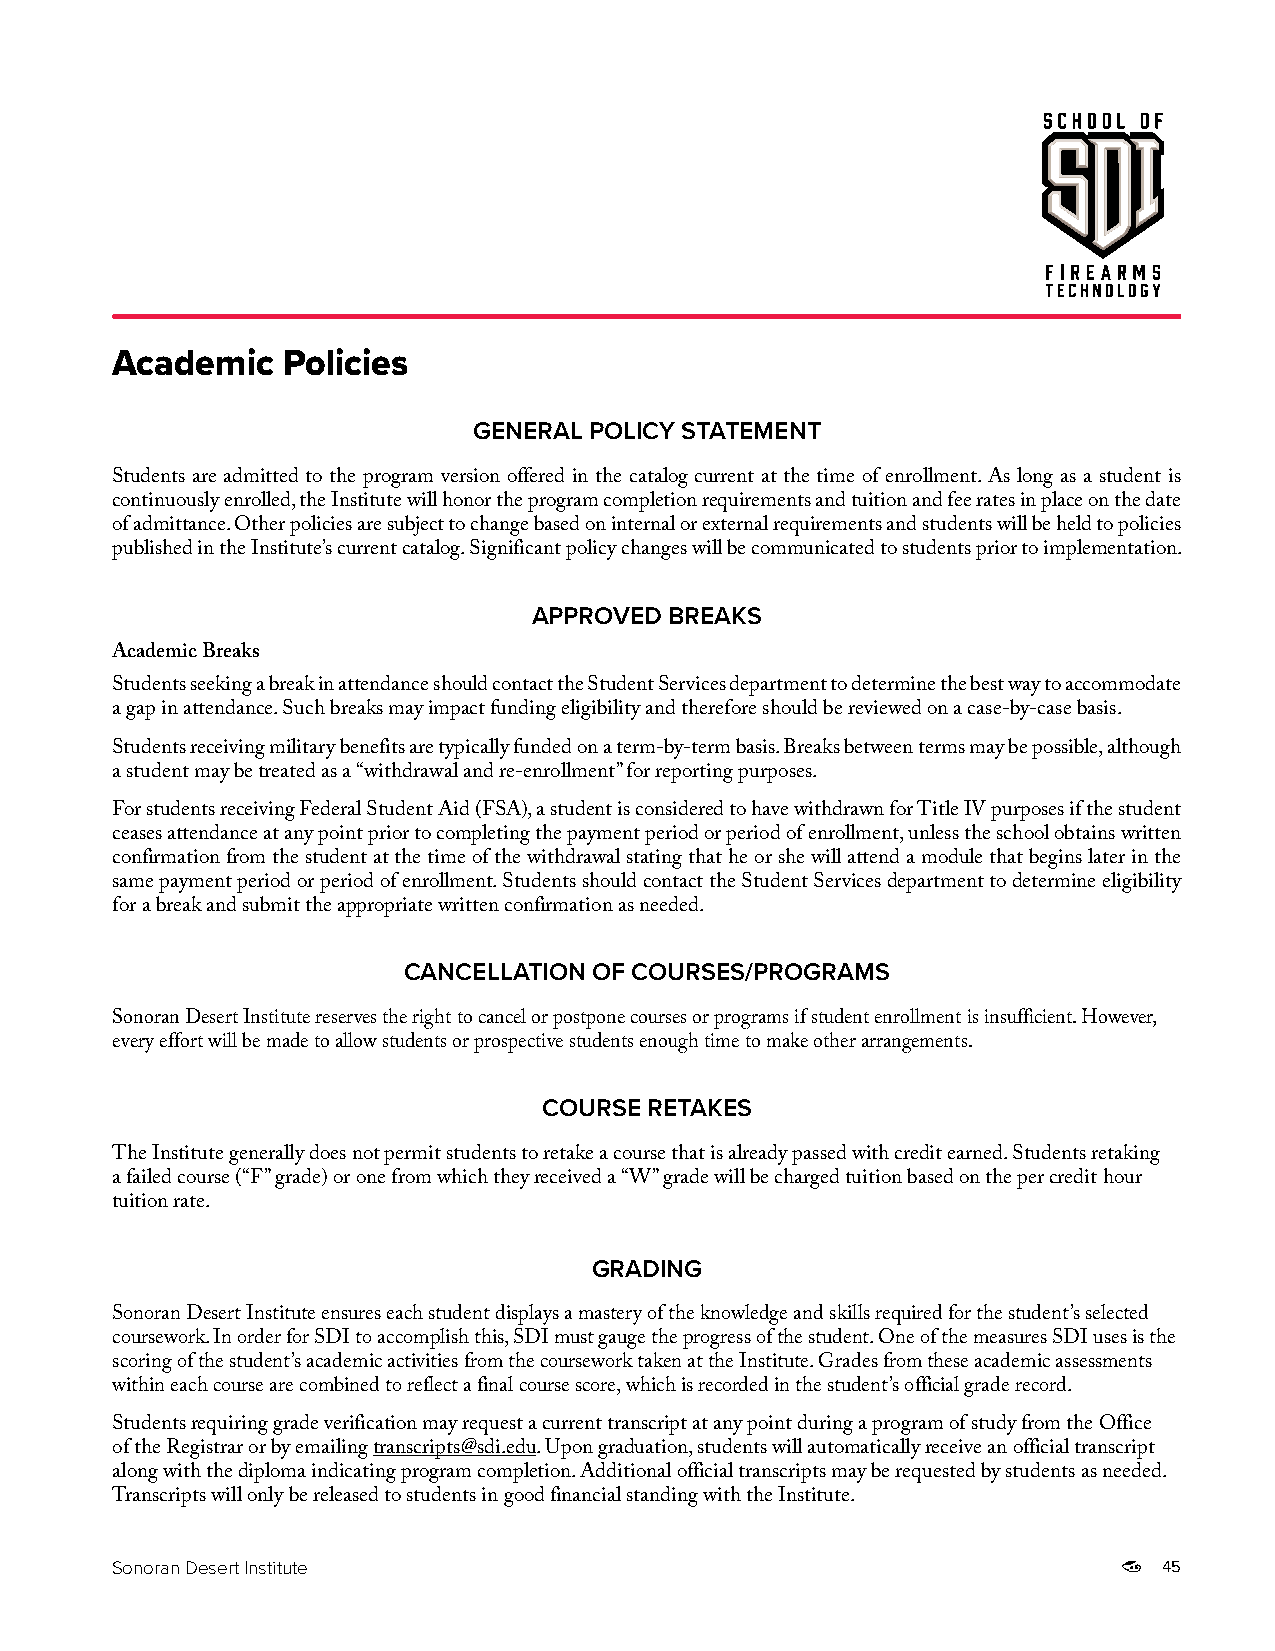
Academic    Policies
 GENERAL POLICY STATEMENT
 Students are admitted to the program version offered in the catalog current at the time of enrollment. As long as a student is
 continuously enrolled, the Institute will honor the program completion requirements and tuition and fee rates in place on the date
 of admittance. Other policies are subject to change based on internal or external requirements and students will be held to policies
 published in the Institute’s current catalog. Significant policy changes will be communicated to students prior to implementation.
 APPROVED BREAKS
 Academic Breaks
 Students seeking a break in attendance should contact the Student Services department to determine the best way to accommodate
 a gap in attendance. Such breaks may impact funding eligibility and therefore should be reviewed on a case-by-case basis.
 Students receiving military benefits are typically funded on a term-by-term basis. Breaks between terms may be possible, although
 a student may be treated as a “withdrawal and re-enrollment” for reporting purposes.
 For students receiving Federal Student Aid (FSA), a student is considered to have withdrawn for Title IV purposes if the student
 ceases attendance at any point prior to completing the payment period or period of enrollment, unless the school obtains written
 confirmation from the student at the time of the withdrawal stating that he or she will attend a module that begins later in the
 same payment period or period of enrollment. Students should contact the Student Services department to determine eligibility
 for a break and submit the appropriate written confirmation as needed.
 CANCELLATION OF COURSES/PROGRAMS
 Sonoran Desert Institute reserves the right to cancel or postpone courses or programs if student enrollment is insufficient. However,
 every effort will be made to allow students or prospective students enough time to make other arrangements.
 COURSE RETAKES
 The Institute generally does not permit students to retake a course that is already passed with credit earned. Students retaking
 a failed course (“F” grade) or one from which they received a “W” grade will be charged tuition based on the per credit hour
 tuition rate.
 GRADING
 Sonoran Desert Institute ensures each student displays a mastery of the knowledge and skills required for the student’s selected
 coursework. In order for SDI to accomplish this, SDI must gauge the progress of the student. One of the measures SDI uses is the
 scoring of the student’s academic activities from the coursework taken at the Institute. Grades from these academic assessments
 within each course are combined to reflect a final course score, which is recorded in the student’s official grade record.
 Students requiring grade verification may request a current transcript at any point during a program of study from the Office
 of the Registrar or by emailing transcripts@sdi.edu. Upon graduation, students will automatically receive an official transcript
 along with the diploma indicating program completion. Additional official transcripts may be requested by students as needed.
 Transcripts will only be released to students in good financial standing with the Institute.
 Sonoran Desert Institute                                              45